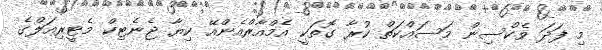
މި ފަދަ ވެކްސިން މަސައްކަތް ކުރާ ގޮތަކީ އެމްއާރްއެންއޭ ކިޔާ ޖެނެޓިކް މެޓީރިއަލްގެ